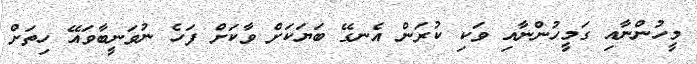
މީހުންނާއި ގަމީހުންނާއި ވަކި ކުރަން އެނގޭ ބަޔަކަށް ވާކަށް ފަހެ ނުވަނީބާވައޭ ހިތަށް